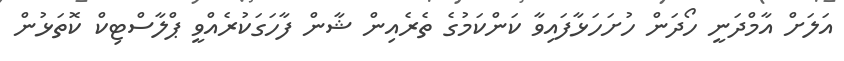
އަލަށް އާމްދަނީ ހޯދަން ހުށަހަޅާފައިވާ ކަންކަމުގެ ތެރެއިން ޝާން ފާހަގަކުރެއްވީ ޕްލާސްޓިކް ކޮތަޅުން